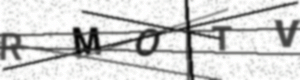
Text: RMOTV